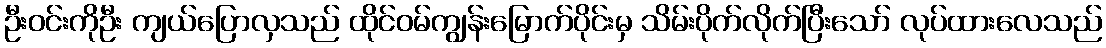
ဦးဝင်းကိုဦး ကျယ်ပြောလှသည် ထိုင်ဝမ်ကျွန်းမြောက်ပိုင်းမှ သိမ်းပိုက်လိုက်ပြီးသော် လုပ်ထားလေသည်